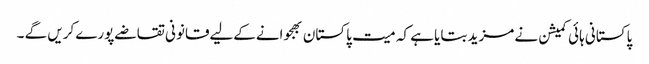
پاکستانی ہائی کمیشن نے مزید بتایا ہے کہ میت پاکستان بھجوانےکےلیےقانونی تقاضےپورےکریں گے ۔